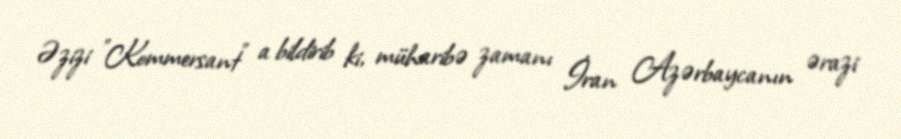
Əzizi "Kommersant" a bildirib ki, müharibə zamanı İran Azərbaycanın ərazi